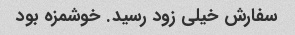
سفارش خیلی زود رسید. خوشمزه بود